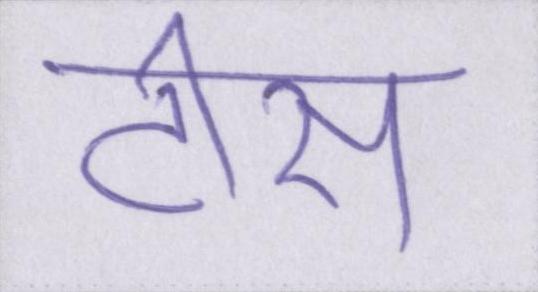
टीस